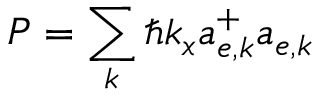
P = \sum _ { k } \hbar k _ { x } a _ { e , k } ^ { + } a _ { e , k }